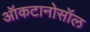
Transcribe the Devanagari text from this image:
ऑकटानोसॉल